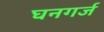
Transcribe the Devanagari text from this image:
घनगर्ज